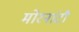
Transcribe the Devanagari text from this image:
मोरनांटौ